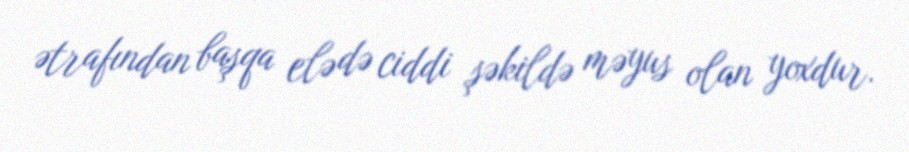
ətrafından başqa elə də ciddi şəkildə məyus olan yoxdur.